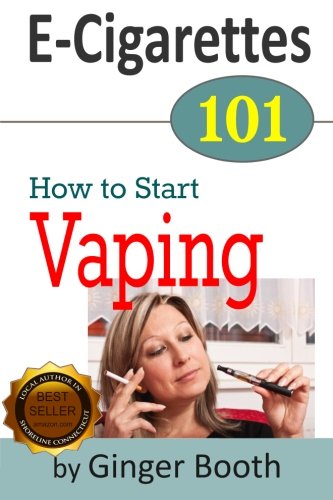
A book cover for E-Cigarettes 101: How to Start Vaping (Volume 1); Ginger Booth; Health, Fitness & Dieting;